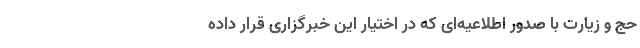
حج و زیارت با صدور اطلاعیه‌ای که در اختیار این خبرگزاری قرار داده